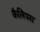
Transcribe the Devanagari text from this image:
कैलिपस